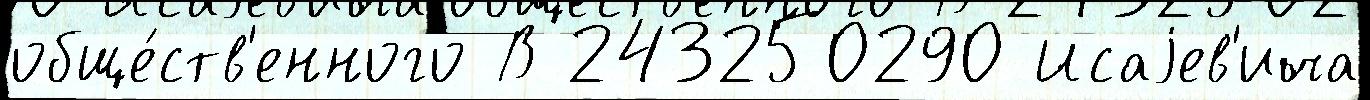
обще́ств'енного В 243250290 Исаjев'ича